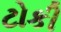
ટોકી